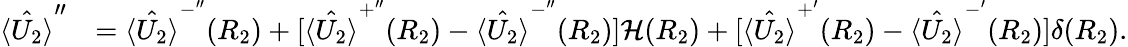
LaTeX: \begin{array}{rl}{\hat{\langle U_{2}\rangle}^{\prime\prime}}&{=\hat{\langle U_{2}\rangle}^{-^{\prime\prime}}(R_{2})+[\hat{\langle U_{2}\rangle}^{+^{\prime\prime}}(R_{2})-\hat{\langle U_{2}\rangle}^{-^{\prime\prime}}(R_{2})]\mathcal{H}(R_{2})+[\hat{\langle U_{2}\rangle}^{+^{\prime}}(R_{2})-\hat{\langle U_{2}\rangle}^{-^{\prime}}(R_{2})]\delta(R_{2}).}\end{array}